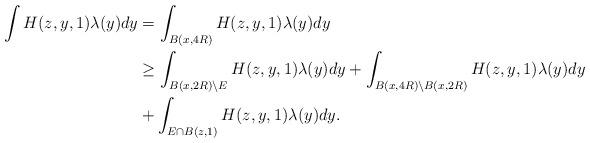
LaTeX: \begin{align*}\begin{aligned}\int H(z, y, 1)\lambda(y)dy &= \int_{B(x, 4R)} H(z, y, 1)\lambda(y)dy \\&\geq \int_{B(x, 2R)\backslash E} H(z, y, 1)\lambda(y)dy +\int_{B(x, 4R)\backslash B(x, 2R)} H(z, y, 1)\lambda(y)dy\\&+ \int_{E\cap B(z, 1)}H(z, y, 1)\lambda(y)dy.\end{aligned}\end{align*}